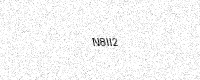
Text: N8II2